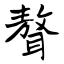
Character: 聱